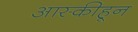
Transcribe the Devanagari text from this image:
आस्कीहून